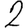
Digit: 2